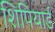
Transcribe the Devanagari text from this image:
शिपियार्ड